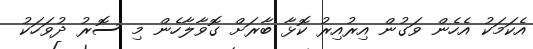
އެކަމަކު އެހެން ވަގުން އިރުއިރު ކޮޅާ ބާރަށް ގޮވާލާހެން މި ސޮރު ދުވަހަކު